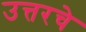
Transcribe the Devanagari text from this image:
उत्तरचे